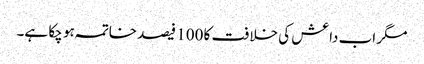
مگر اب داعش کی خلافت کا 100 فیصد خاتمہ ہو چکا ہے۔